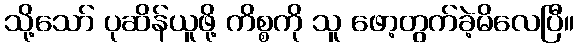
သို့သော် ပုဆိန်ယူဖို့ ကိစ္စကို သူ ဖော့တွက်ခဲ့မိလေပြီ။